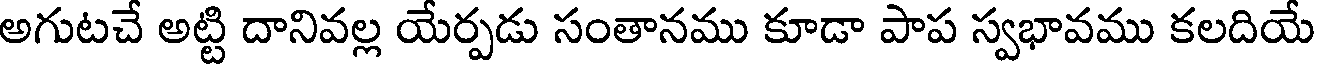
అగుటచే అట్టి దానివల్ల యేర్పడు సంతానము కూడా పాప స్వభావము కలదియే